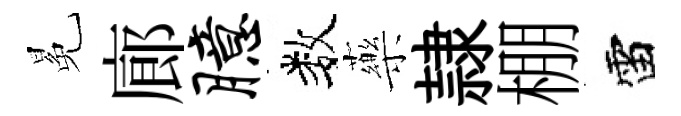
冕廊臆数藥隷棚雷